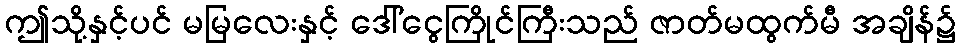
ဤသို့နှင့်ပင် မမြလေးနှင့် ဒေါ်ငွေကြိုင်ကြီးသည် ဇာတ်မထွက်မီ အချိန်၌